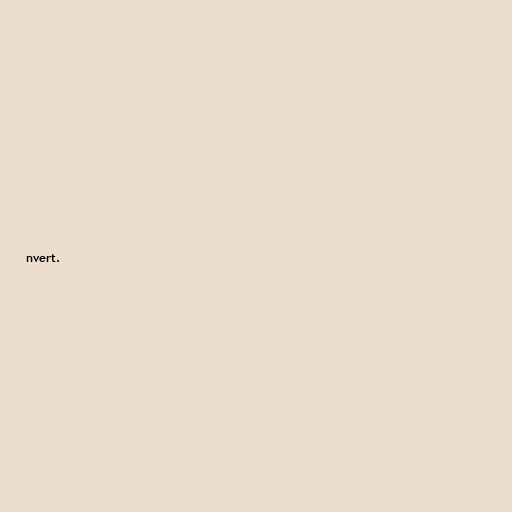
nvert.